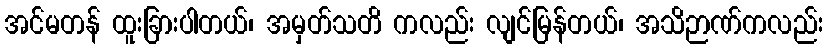
အင်မတန် ထူးခြားပါတယ်၊ အမှတ်သတိ ကလည်း လျင်မြန်တယ်၊ အသိဉာဏ်ကလည်း